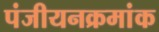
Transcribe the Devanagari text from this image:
पंजीयनक्रमांक